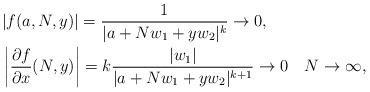
LaTeX: \begin{align*}\begin{aligned}&|f(a,N,y)|=\frac1{|a+Nw_1+yw_2|^k}\rightarrow 0,\\&\left|\frac{\partial f}{\partial x}(N,y)\right|=k\frac{|w_1|}{|a+Nw_1+yw_2|^{k+1}}\rightarrow 0 \quad N\to \infty,\end{aligned}\end{align*}